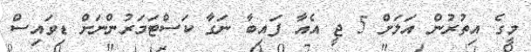
މީގެ އިތުރުން އަލަށް 5 ޖީ އެއާ ފައިބާ ނަގާ ކަސްޓަމަރުންނަށް ޑިވައިސް